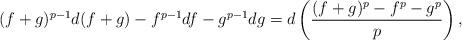
LaTeX: \begin{align*}(f+g)^{p-1}d(f + g) - f^{p-1}df - g^{p-1}dg = d\left(\frac{(f+g)^p - f^p - g^p}{p}\right),\end{align*}